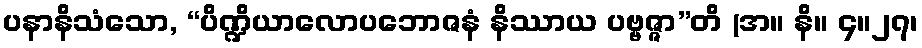
ပနာနိသံသော, “ပိဏ္ဍိယာလောပဘောဇနံ နိဿာယ ပဗ္ဗဇ္ဇာ”တိ (အ။ နိ။ ၄။၂၇၊